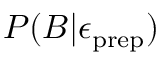
P ( B | \epsilon _ { \mathrm { p r e p } } )